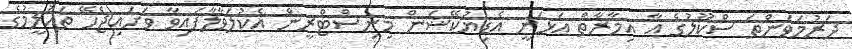
ދަރުމަވަންތަ ސްކޫލުގެ އާ އިމާރާތް އަަޅަނީ އެޑިޔުކޭޝަން މިނިސްޓްރީން އެކުލަވާލާފައިވާ ވަށައިޖެހޭ ތައުލީމުގެ